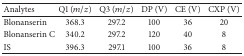
<table><thead><tr><td><b>Analytes</b></td><td><b>Q1 (<i>m</i>/<i>z</i>)</b></td><td><b>Q3 (<i>m</i>/<i>z</i>)</b></td><td><b>DP (V)</b></td><td><b>CE (V)</b></td><td><b>CXP (V)</b></td></tr></thead><tbody><tr><td>Blonanserin</td><td>368.3</td><td>297.2</td><td>100</td><td>36</td><td>20</td></tr><tr><td>Blonanserin C</td><td>340.2</td><td>297.2</td><td>120</td><td>40</td><td>8</td></tr><tr><td>IS</td><td>396.3</td><td>297.1</td><td>100</td><td>36</td><td>8</td></tr></tbody></table>